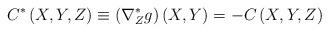
\begin{align*}C^{\ast }\left( X,Y,Z\right) \equiv \left( \nabla _{Z}^{\ast }g\right)\left( X,Y\right) =-C\left( X,Y,Z\right) \end{align*}